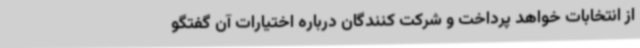
از انتخابات خواهد پرداخت و شرکت کنندگان درباره اختیارات آن گفتگو